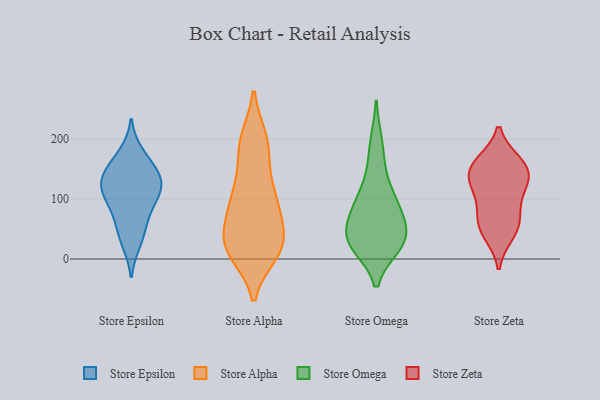
{"axis": {"x": "Tickets Resolved", "y": "Value"}, "legend": ["Store Alpha", "Store Epsilon", "Store Omega", "Store Zeta"], "data": [{"x": "", "y": 115, "type": "Store Epsilon"}, {"x": "", "y": 120, "type": "Store Epsilon"}, {"x": "", "y": 140, "type": "Store Epsilon"}, {"x": "", "y": 140, "type": "Store Epsilon"}, {"x": "", "y": 160, "type": "Store Epsilon"}, {"x": "", "y": 43, "type": "Store Epsilon"}, {"x": "", "y": 83, "type": "Store Epsilon"}, {"x": "", "y": 28, "type": "Store Epsilon"}, {"x": "", "y": 175, "type": "Store Epsilon"}, {"x": "", "y": 123, "type": "Store Epsilon"}, {"x": "", "y": 110, "type": "Store Epsilon"}, {"x": "", "y": 73, "type": "Store Epsilon"}, {"x": "", "y": 193, "type": "Store Alpha"}, {"x": "", "y": 17, "type": "Store Alpha"}, {"x": "", "y": 194, "type": "Store Alpha"}, {"x": "", "y": 85, "type": "Store Alpha"}, {"x": "", "y": 21, "type": "Store Alpha"}, {"x": "", "y": 31, "type": "Store Alpha"}, {"x": "", "y": 75, "type": "Store Alpha"}, {"x": "", "y": 11, "type": "Store Alpha"}, {"x": "", "y": 122, "type": "Store Alpha"}, {"x": "", "y": 131, "type": "Store Alpha"}, {"x": "", "y": 81, "type": "Store Alpha"}, {"x": "", "y": 25, "type": "Store Alpha"}, {"x": "", "y": 27, "type": "Store Alpha"}, {"x": "", "y": 14, "type": "Store Alpha"}, {"x": "", "y": 84, "type": "Store Alpha"}, {"x": "", "y": 199, "type": "Store Alpha"}, {"x": "", "y": 107, "type": "Store Alpha"}, {"x": "", "y": 186, "type": "Store Alpha"}, {"x": "", "y": 26, "type": "Store Alpha"}, {"x": "", "y": 150, "type": "Store Omega"}, {"x": "", "y": 81, "type": "Store Omega"}, {"x": "", "y": 101, "type": "Store Omega"}, {"x": "", "y": 99, "type": "Store Omega"}, {"x": "", "y": 73, "type": "Store Omega"}, {"x": "", "y": 50, "type": "Store Omega"}, {"x": "", "y": 29, "type": "Store Omega"}, {"x": "", "y": 23, "type": "Store Omega"}, {"x": "", "y": 27, "type": "Store Omega"}, {"x": "", "y": 195, "type": "Store Omega"}, {"x": "", "y": 27, "type": "Store Omega"}, {"x": "", "y": 36, "type": "Store Omega"}, {"x": "", "y": 57, "type": "Store Zeta"}, {"x": "", "y": 158, "type": "Store Zeta"}, {"x": "", "y": 139, "type": "Store Zeta"}, {"x": "", "y": 59, "type": "Store Zeta"}, {"x": "", "y": 88, "type": "Store Zeta"}, {"x": "", "y": 43, "type": "Store Zeta"}, {"x": "", "y": 160, "type": "Store Zeta"}, {"x": "", "y": 150, "type": "Store Zeta"}, {"x": "", "y": 127, "type": "Store Zeta"}, {"x": "", "y": 117, "type": "Store Zeta"}]}